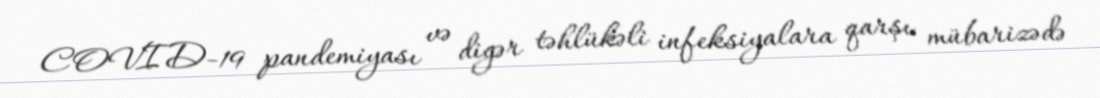
COVID-19 pandemiyası və digər təhlükəli infeksiyalara qarşı mübarizədə